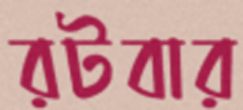
রটবার